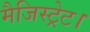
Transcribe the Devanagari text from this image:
मैजिस्ट्रेट।